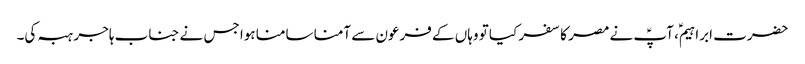
حضرت ابراہیمؑ، آپؑ نے مصر کا سفر کیا تو وہاں کے فرعون سے آمنا سامنا ہوا جس نے جناب ہاجر ہبہ کی۔